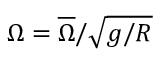
\Omega = \overline { { \Omega } } / \sqrt { g / R }